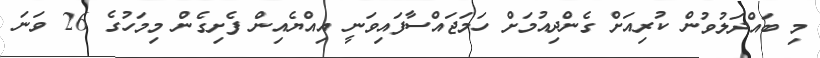
މި ބައްދަލުވުން ކުރިއަށް ގެންދިއުމަށް ހަމަޖައްސާފައިވަނީ އިއްޔެއިން ފެށިގެން މިމަހުގެ 26 ވަނަ